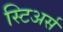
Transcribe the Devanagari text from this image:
स्टिअर्स